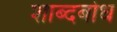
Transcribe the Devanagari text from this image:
शाब्दबोध